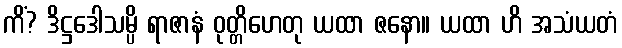
ကိံ? ဒိဋ္ဌဒေါသမ္ပိ ရာဇာနံ ဝုတ္တိဟေတု ယထာ ဇနော။ ယထာ ဟိ အသံယတံ